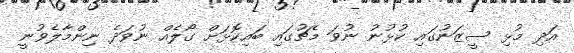
އަދި މުޅި ސީޒަނުގައި ކުޅުނު ނުވަ މެޗުގައި ބައިކޮޅަށް ގޯލެއް ނުވަދެ ނިންމާލެވުނީ